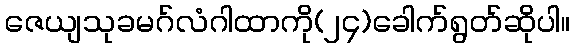
ဇေယျသုခမဂ်လံဂါထာကို(၂၄)ခေါက်ရွတ်ဆိုပါ။